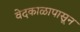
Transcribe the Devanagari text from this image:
वेदकाळापासून